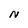
Character: N